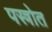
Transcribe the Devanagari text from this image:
पस्त्रोत